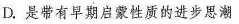
D.是带有早期启蒙性质的进步思潮